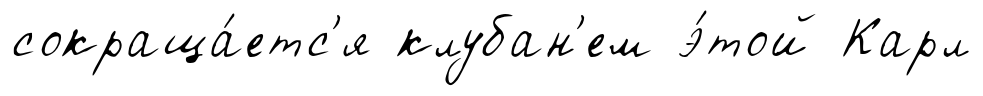
сокраща́етс'я клубан'ем э́той Карл